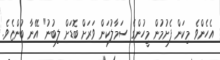
އެހެންވެ މިކަން ފެށުމުން މީހުންގެ ސަމާލުކަން ވަރަށް ބޮޑަށް ލިބުނު" އޭނާ ބުންޏެވެ.